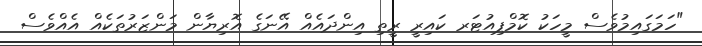
"ހަމަގައިމުވެސް މީހަކު ކޮމްޕިއުޓަރ ކައިރީ ރީތި އިންދައެއް އޭނަގެ އޮރިޔާން މަންޒަރުތަކެއް އެއްވެސް